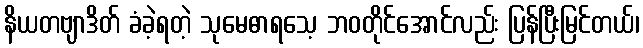
နိယတဗျာဒိတ် ခံခဲ့ရတဲ့ သုမေဓာရသေ့ ဘဝတိုင်အောင်လည်း ပြန်ပြီးမြင်တယ်၊